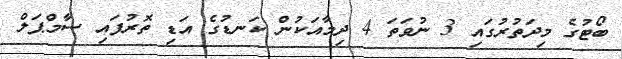
ބޯޓުގެ މިދަތުރުގައި 3 ނުވަތަ 4 ދިމާއަކުން ކަނޑުގެ އަޑި ތޮރުފައި ސާމްޕަލް